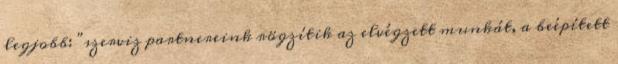
legjobb: "szerviz partnereink rögzítik az elvégzett munkát, a beépített